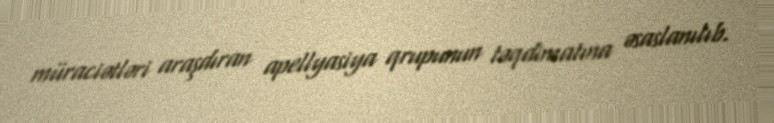
müraciətləri araşdıran apellyasiya qrupunun təqdimatına əsaslanılıb.